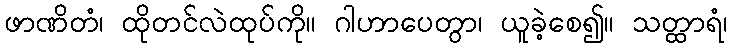
ဖာဏိတံ၊ ထိုတင်လဲထုပ်ကို။ ဂါဟာပေတွာ၊ ယူခဲ့စေ၍။ သတ္ထာရံ၊